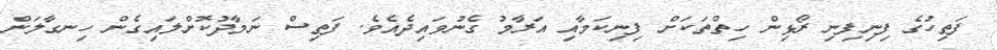
ފަތިހުގެ ފިނިފިނި ރޯޅިން ހިތްތަކަށް ފިނިކަމާއި އަރާމު ގެނުވައިދެއެވެ. ފަތިސް ނަމާދުކޮށްލައިގެން ހިނގާލަން